Vaccine operations Central Provinces 1886-1899 - 1886-1899
Year: 1886
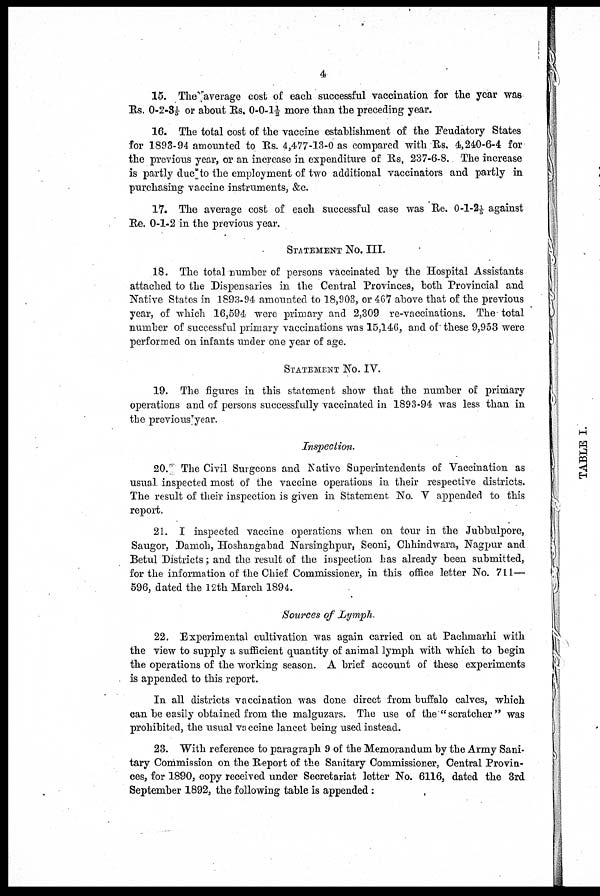
4
15. The average cost of each successful vaccination for the year was
Rs. 0-2-3 1/5 or about Rs. 0-0-1½ more than the preceding year.
16. The total cost of the vaccine establishment of the Feudatory States
for 1893-94 amounted to Rs. 4,477-13-0 as compared with Rs. 4,240-6-4 for
the previous year, or an increase in expenditure of Rs. 237-6-8. The increase
is partly due to the employment of two additional vaccinators and partly in
purchasing vaccine instruments, &c.
17. The average cost of each successful case was Re. 0-1-2 1/5 against
Re. 0-1-2 in the previous year.
STATEMENT No. III.
18. The total number of persons vaccinated by the Hospital Assistants
attached to the Dispensaries in the Central Provinces, both Provincial and
Native States in 1893-94 amounted to 18,903, or 467 above that of the previous
year, of which 16,594 were primary and 2,309 re-vaccinations. The total
number of successful primary vaccinations was 15,146, and of these 9,953 were
performed on infants under one year of age.
STATEMENT No. IV.
19. The figures in this statement show that the number of primary
operations and of persons successfully vaccinated in 1893-94 was less than in
the previous year.
Inspection.
20. The Civil Surgeons and Native Superintendents of Vaccination as
usual inspected most of the vaccine operations in their respective districts.
The result of their inspection is given in Statement No. V appended to this
report.
21. I inspected vaccine operations when on tour in the Jubbulpore,
Saugor, Damoh, Hoshangabad Narsinghpur, Seoni, Chhindwara, Nagpur and
Betul Districts; and the result of the inspection has already been submitted,
for the information of the Chief Commissioner, in this office letter No. 711—
596, dated the 12th March 1894.
Sources of Lymph.
22. Experimental cultivation was again carried on at Pachmarhi with
the view to supply a sufficient quantity of animal lymph with which to begin
the operations of the working season. A brief account of these experiments
is appended to this report.
In all districts vaccination was done direct from buffalo calves, which
can be easily obtained from the malguzars. The use of the "scratcher" was
prohibited, the usual vaccine lancet being used instead.
23. With reference to paragraph 9 of the Memorandum by the Army Sani-
tary Commission on the Report of the Sanitary Commissioner, Central Provin-
ces, for 1890, copy received under Secretariat letter No. 6116, dated the 3rd
September 1892, the following table is appended: